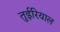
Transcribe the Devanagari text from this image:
तुईरियाल